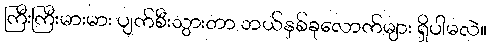
ကြီးကြီးမားမား ပျက်စီးသွားတာ ဘယ်နှစ်ခုလောက်များ ရှိပါမလဲ။